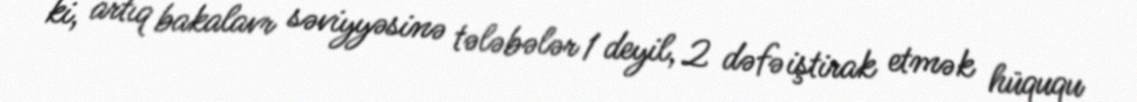
ki, artıq bakalavr səviyyəsinə tələbələr 1 deyil, 2 dəfə iştirak etmək hüququ